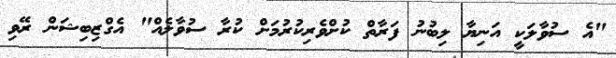
"އެ ސުވާލަކީ އަނިޔާ ލިބުނު ފަރާތް ކުށްވެރިކުރުމަށް ކުރާ ސުވާލެއް" އެގްޒިބިޝަން ރޭވި